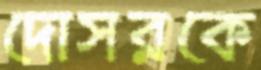
দোসরকে